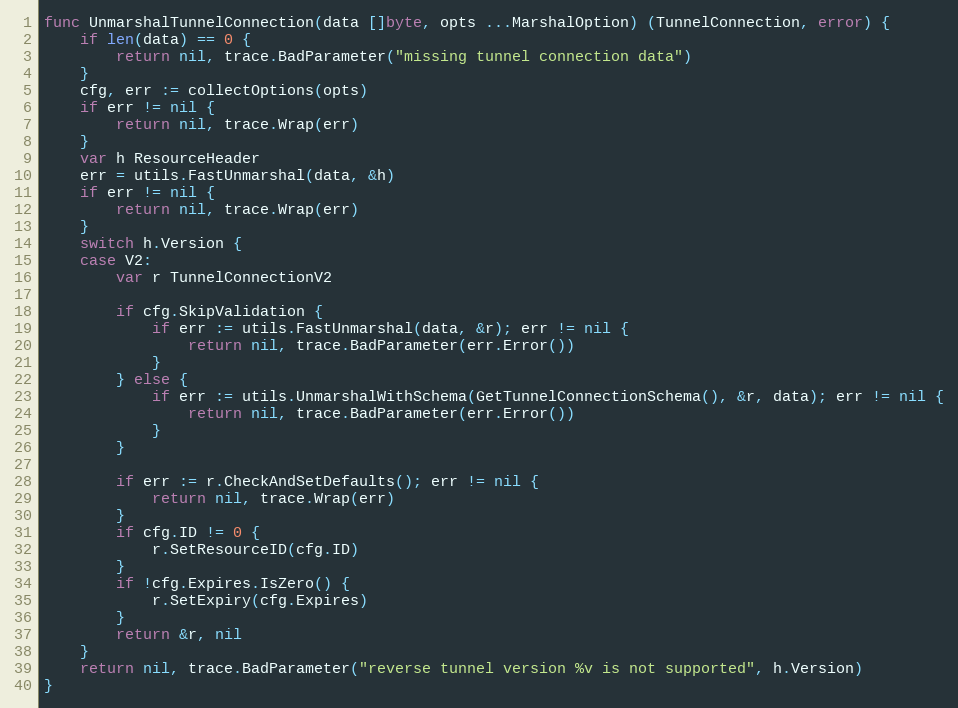
Language: Go
func UnmarshalTunnelConnection(data []byte, opts ...MarshalOption) (TunnelConnection, error) {
	if len(data) == 0 {
		return nil, trace.BadParameter("missing tunnel connection data")
	}
	cfg, err := collectOptions(opts)
	if err != nil {
		return nil, trace.Wrap(err)
	}
	var h ResourceHeader
	err = utils.FastUnmarshal(data, &h)
	if err != nil {
		return nil, trace.Wrap(err)
	}
	switch h.Version {
	case V2:
		var r TunnelConnectionV2

		if cfg.SkipValidation {
			if err := utils.FastUnmarshal(data, &r); err != nil {
				return nil, trace.BadParameter(err.Error())
			}
		} else {
			if err := utils.UnmarshalWithSchema(GetTunnelConnectionSchema(), &r, data); err != nil {
				return nil, trace.BadParameter(err.Error())
			}
		}

		if err := r.CheckAndSetDefaults(); err != nil {
			return nil, trace.Wrap(err)
		}
		if cfg.ID != 0 {
			r.SetResourceID(cfg.ID)
		}
		if !cfg.Expires.IsZero() {
			r.SetExpiry(cfg.Expires)
		}
		return &r, nil
	}
	return nil, trace.BadParameter("reverse tunnel version %v is not supported", h.Version)
}